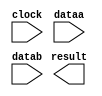
module multiplier_7x7 (
	clock,
	dataa,
	datab,
	result);

	input	  clock;
	input	[6:0]  dataa;
	input	[6:0]  datab;
	output	[13:0]  result;

endmodule